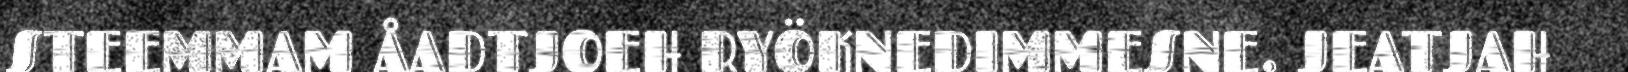
STEEMMAM ÅADTJOEH RYÖKNEDIMMESNE. JEATJAH